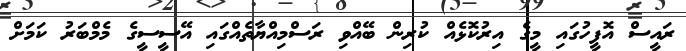
ރައީސް އޮފީހުގައި މީގެ އިރުކޮޅެއް ކުރިން ބޭއްވި ރަސްމިއްޔާތެއްގައި އޭސީސީގެ މެމްބަރު ކަމަށް